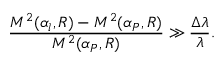
\frac { { \cal M } ^ { 2 } ( \alpha _ { l } , R ) - { \cal M } ^ { 2 } ( \alpha _ { P } , R ) } { { \cal M } ^ { 2 } ( \alpha _ { P } , R ) } \gg \frac { \Delta \lambda } { \lambda } .